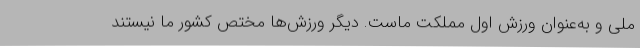
ملی و به‌عنوان ورزش اول مملکت ماست. دیگر ورزش‌ها مختص کشور ما نیستند